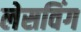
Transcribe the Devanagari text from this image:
लेसविंग